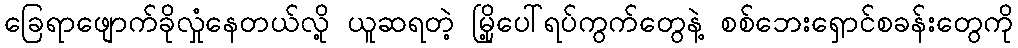
ခြေရာဖျောက်ခိုလှုံနေတယ်လို့ ယူဆရတဲ့ မြို့ပေါ်ရပ်ကွက်တွေနဲ့ စစ်ဘေးရှောင်စခန်းတွေကို